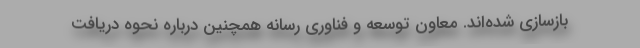
بازسازی شده‌اند. معاون توسعه و فناوری رسانه همچنین درباره نحوه دریافت